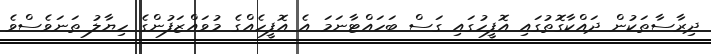
ދިރާސާތަކުން ދައްކާގޮތުގައި އޮފީހުގައި ގަސް ބަހައްޓާނަމަ އެ އޮފީހެއްގެ މުވައްޒަފުންގެ ހިޔާލު ތަނަވެސްވެ